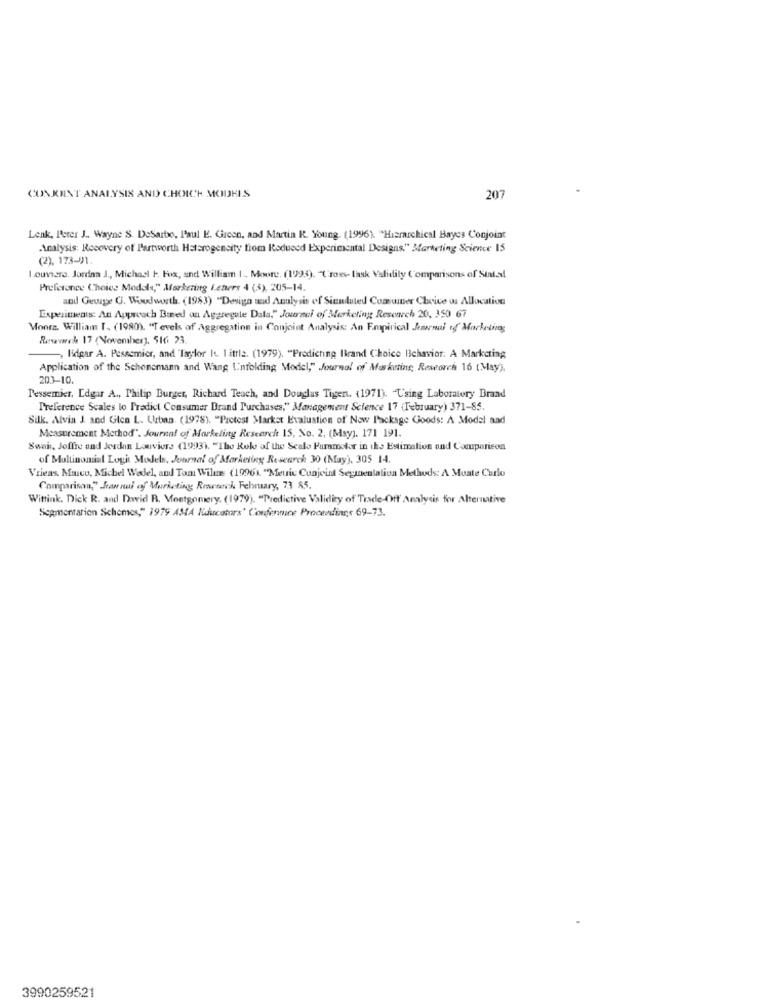
CONKUNT ANALYSIS AND CHOICH MODELS
207
Lenk, Peter J .. Wayne S. DeSarbe, Paul E. Green, and Martin R. Young. (1996). "Hierarchical Bayes Conjoint
Analysis: Recovery of Partworth Heterogencity from Reduced Experimental Designs." Marketing Science 15
(2), 173-0)1.
Louviere. Jordan J ., Michael F. Fox, and William I, Moore. (1995). "Cross- task Validity Comparisons of Stat.sl
Preference Choice Models," Marketing Letters 4 (3), 205-14.
and Gevage G. Woodworth. (1983) "Design and Analysis of Siemluted Comsumer Choice os Allocation
Experiments: An Approach Bied an Aggregate Dala," Journal of Marketing Research 20, 350 67
Monra. William T. (1980). "Tevels of Aggregation in Conjoint Analysis: An Empirical Jornal of Marketing
Rewewwche 17 (November), 516 23
lidgar A. Pesscmicr, and Taylor It. 1 ittle. (1979). "Predicting Ibrand Choice Behavior: A Marketing
Application of the Schonemann and Wang Unfolding Model," Journal of Marketing, Reseorch 16 (May),
203-10.
Pessemier, Edgar A ., Philip Burger, Richard Teach, and Douglas Tigen. (1971). - Using Laboratory Brand
Preference Scales lo Predict Consumer Drand Purchases," Management Science 17 (February) 371-85.
Silk. Alvia J. and Gica L. Urban. (1978). "Pretest Market Evaluation of Now Package Goods: A Model aad
Measurement Method". Journal of Marketing Research 15, No. 2, (May). 171 191.
Swan, Joffre and Jordan Louviers (1993). "The Rok of the Sealo Puramotor in the Estimation and Comparison
of Multinomial Logi Models, Journal of Marketing Research 30 (May'). 305 14.
Vrieas. Marco, Michel Wadel, and Tam Wilne (1996\ "Meuic Conjoint Segmentation Methods: A Monte Carlo
Comparison," Saw nai of Marketing Rowwwch Fehmary, 73 85.
Wittink. Dick R. and Dwvid R. Montgomery. (1979). "Predictive Validity of Trade-Off Analysis for Alternative
Segmentation Schemes," 1979 AMA Kducatars' Confenmine Proceedings 69-73.
3990259521